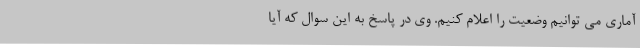
آماری می توانیم وضعیت را اعلام کنیم. وی در پاسخ به این سوال که آیا